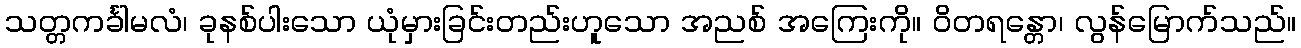
သတ္တကင်္ခါမလံ၊ ခုနစ်ပါးသော ယုံမှားခြင်းတည်းဟူသော အညစ် အကြေးကို။ ဝိတရန္တော၊ လွန်မြောက်သည်။